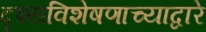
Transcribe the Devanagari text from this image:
दृश्यविशेषणाच्याद्वारे